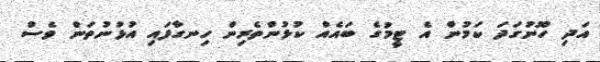
އަދި ހޫނުގަދަ ކަމުން އެ ޓީމުގެ ބައެއް ކުޅުންތެރިން ހިނގާފައި އުޅުނުތަން ވެސް